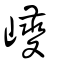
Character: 巎